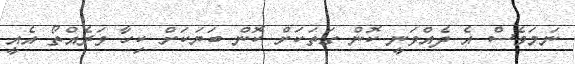
ނަމަވެސް އެ ދެއްވަނީ ކޮން ގަތަކަށް ކޮން ބަޔަކަށް ކިހާ ވަރެއްތޯ އެއީ